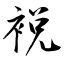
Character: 裞